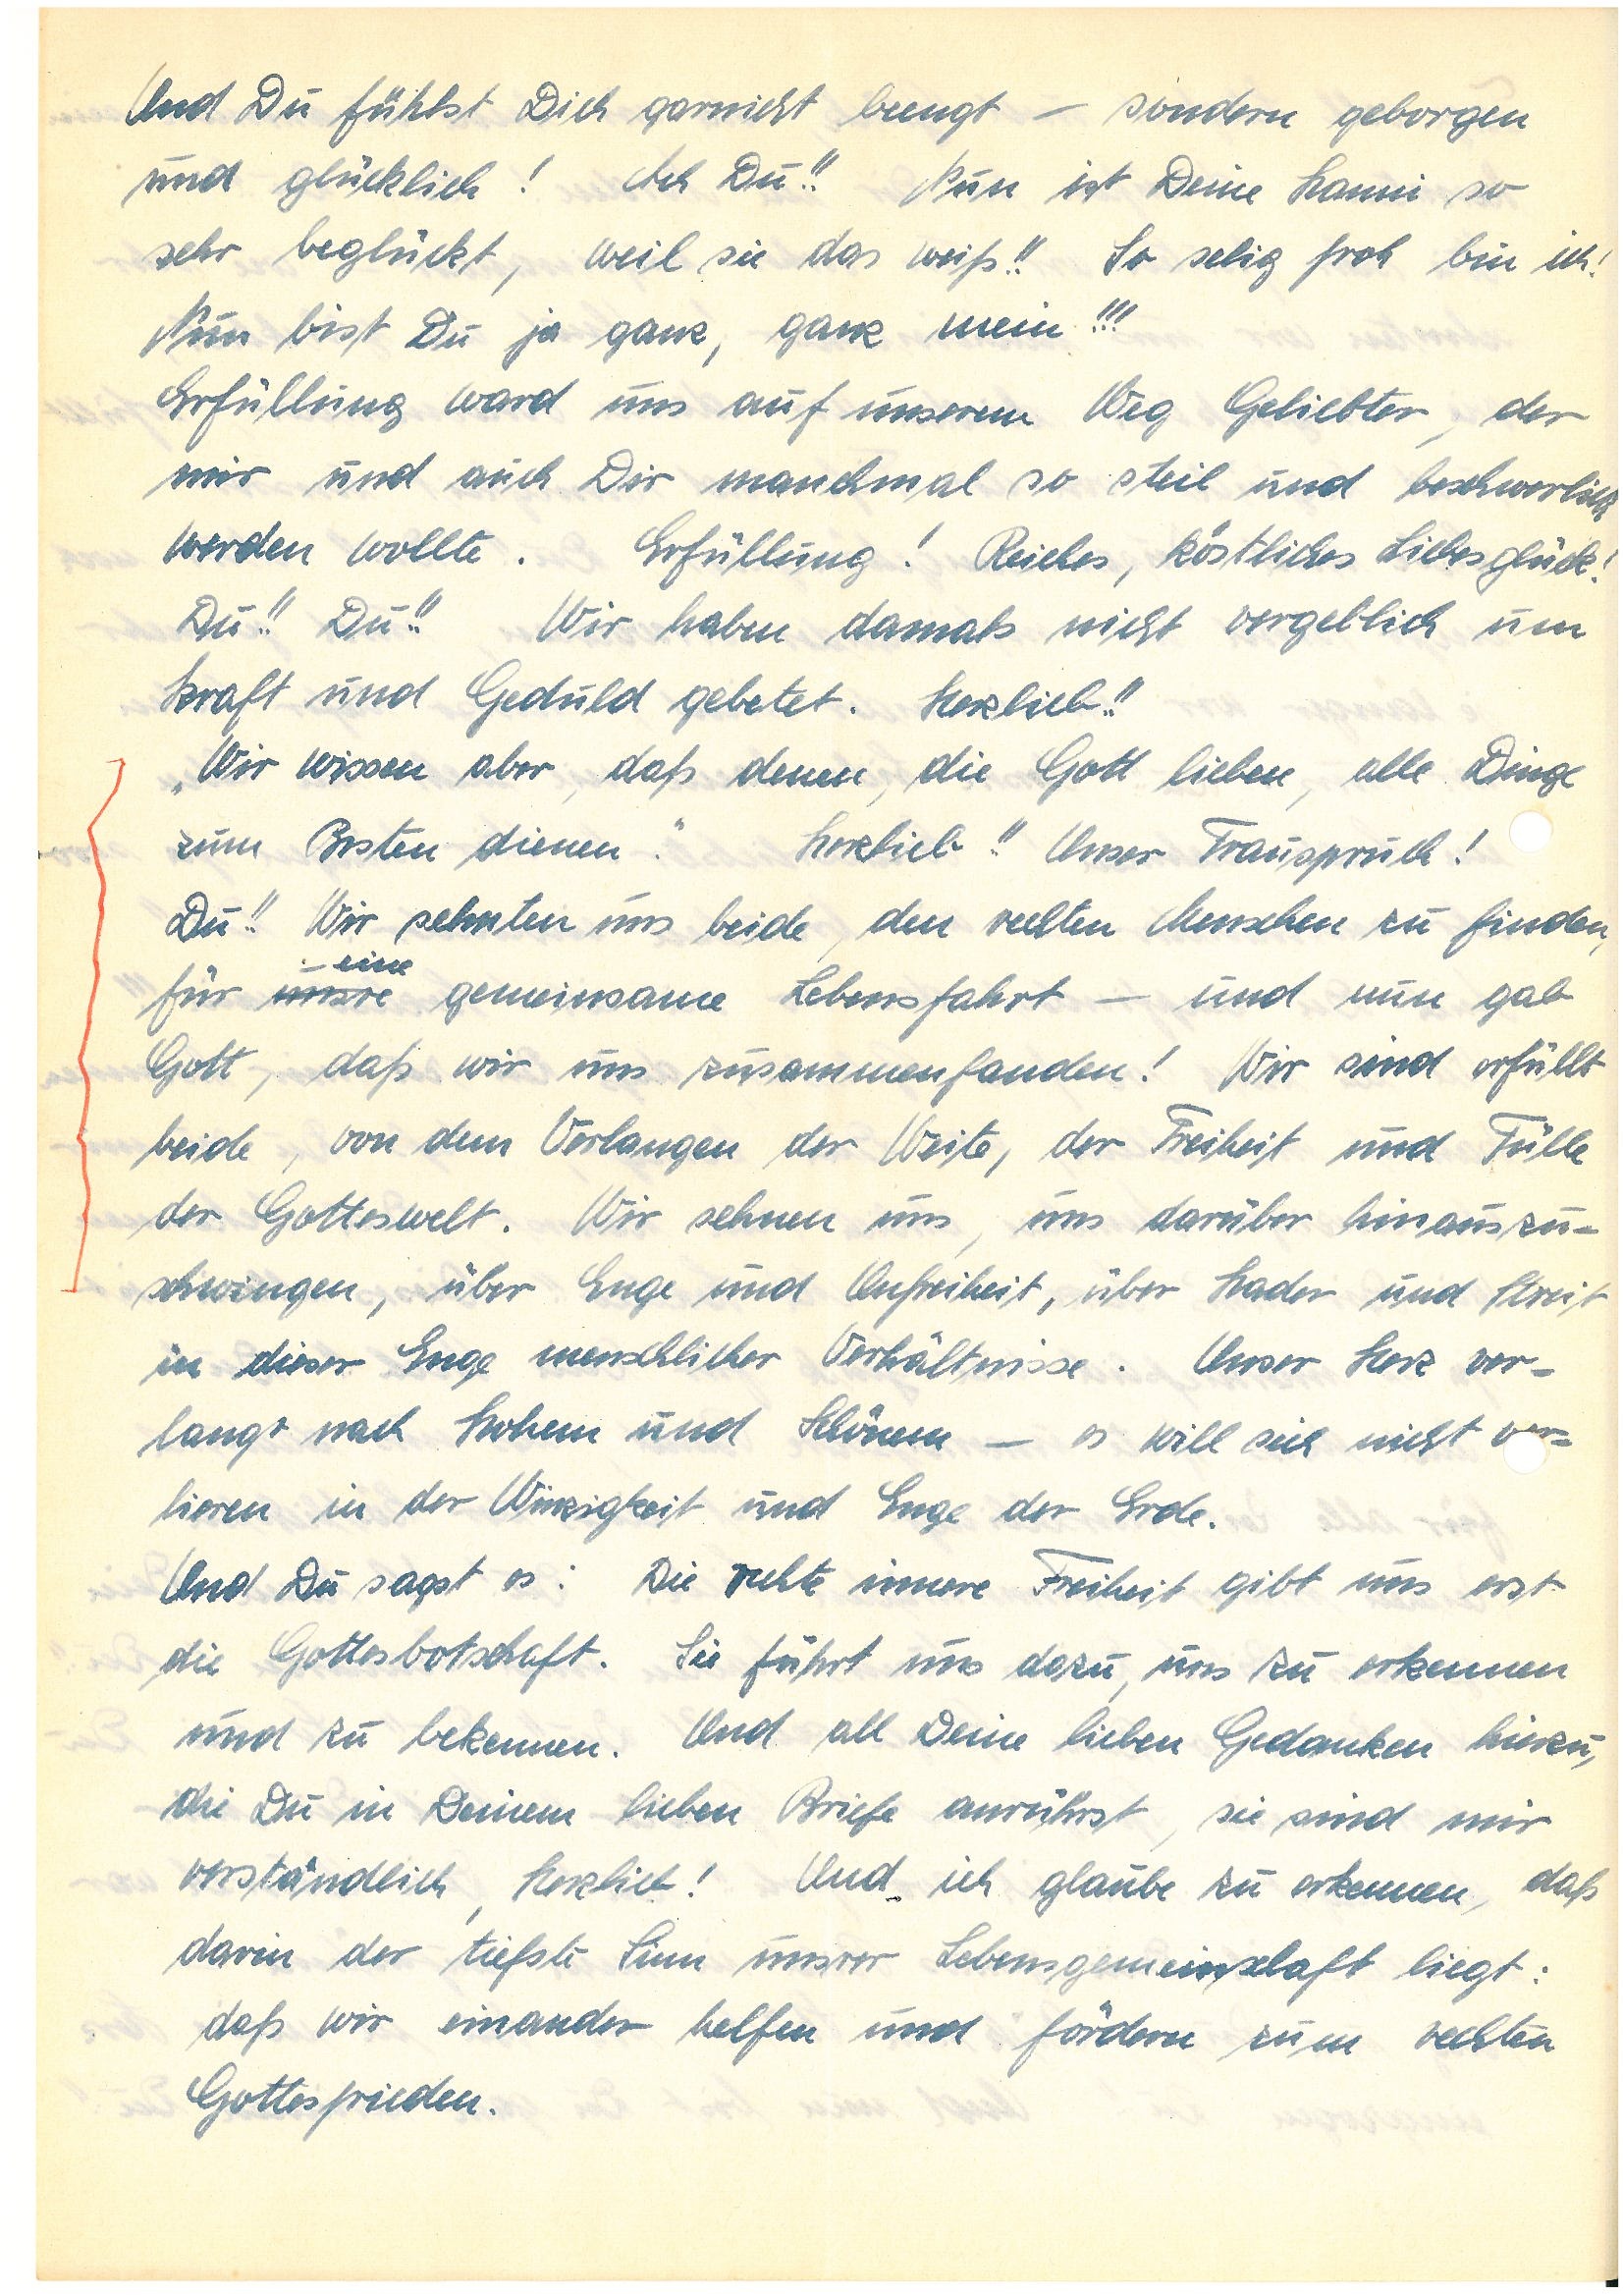
Und Du fühlst Dich garnicht beengt – sondern geborgen
und glücklich! Ach Du!! Nun ist Deine so
sehr beglückt, weil sie das weiß!! So selig froh bin ich!
Nun bist Du ja ganz, ganz mein!!!
Erfüllung ward uns auf unserem Weg Geliebter, der
mir und auch Dir manchmal so steil und beschwerlich
werden wollte. Erfüllung! Reiches, köstliches Liebesglück!
Du!! Du!! Wir haben damals nicht vergeblich um
Kraft und Geduld gebetet. Herzlieb!!
“Wir wissen aber, daß denen, die Gott lieben, alle Dinge
zum Besten dienen!” Herzlieb!! Unser Trauspruch!
Du!! Wir sehnten uns beide, den rechten Menschen zu finden,
eine
für unsre gemeinsame Lebensfahrt – und nun gab
Gott, daß wir uns zusammenfanden! Wir sind erfüllt
beide, von dem Verlangen der Weite, der Freiheit und Fülle
der Gotteswelt. Wir sehnen uns, uns darüber hinauszus¬
chwingen, über Enge und Unfreiheit, über Hader und Streit
in dieser Enge menschlicher Verhältnisse. Unser Herz ver¬
langt nach Hohem und Schönem – es will sich nicht vr¬
lieren in der Winzigkeit und Enge der Erde.
Und Du sagst es: Die rechte innere Freiheit gibt uns erst
die Gottesbotschaft. Sie führt uns dazu, uns zu erkennen
und zu bekennen. Und all deine lieben Gedanken hierzu,
die Du in Deinem lieben Boten anrührst, sie sind mir
verständlich, Herzlieb! Und ich glaube zu erkennen, daß
darin der tiefste Sinn unsrer Lebensgemeinschaft liegt:
daß wir einander helfen und fördern zum rechten
Gottesfrieden.